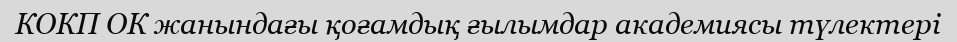
КОКП ОК жанындағы қоғамдық ғылымдар академиясы түлектері